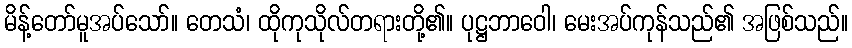
မိန့်တော်မူအပ်သော်။ တေသံ၊ ထိုကုသိုလ်တရားတို့၏။ ပုဋ္ဌဘာဝေါ၊ မေးအပ်ကုန်သည်၏ အဖြစ်သည်။